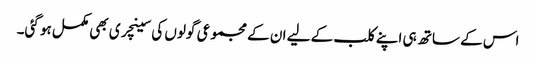
اس کے ساتھ ہی اپنے کلب کے لیے ان کے مجموعی گولوں کی سینچری بھی مکمل ہو گئی۔